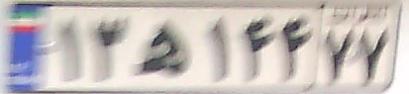
۱۳ه۱۴۴۷۷